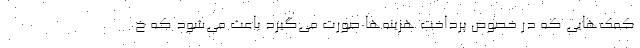
کمک‌هایی که در خصوص پرداخت هزینه‌ها صورت می‌گیرد باعث می‌شود که خ